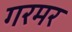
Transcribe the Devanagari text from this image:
गरमर